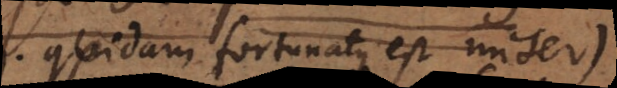
quidam fortunatus est miser)